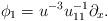
LaTeX: \begin{align*}\phi_1=u^{-3}u_{11}^{-1}\partial_x.\end{align*}